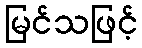
မြင်သဖြင့်